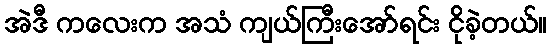
အဲဒီ ကလေးက အသံ ကျယ်ကြီးအော်ရင်း ငိုခဲ့တယ်။